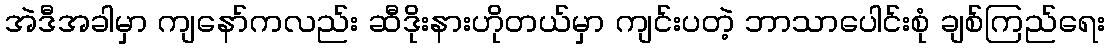
အဲဒီအခါမှာ ကျနော်ကလည်း ဆီဒိုးနားဟိုတယ်မှာ ကျင်းပတဲ့ ဘာသာပေါင်းစုံ ချစ်ကြည်ရေး